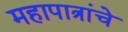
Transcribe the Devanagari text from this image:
महापात्रांचे